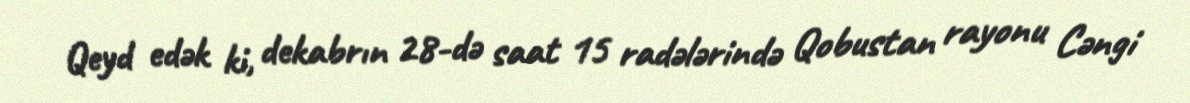
Qeyd edək ki, dekabrın 28-də saat 15 radələrində Qobustan rayonu Cəngi